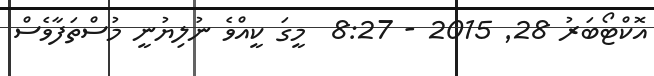
އޮކްޓޯބަރު 28